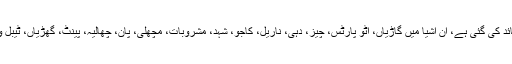
پانچ سو انہتر درآمدی اشیا پر ریگیولیڑی ڈیوٹی عائد کی گئی ہے، ان اشیا میں گاڑیاں، آٹو پارٹس، چیز، دہی، ناریل، کاجو، شہد، مشروبات، مچھلی، پان، چھالیہ، پینٹ، گھڑیاں، ٹیبل وئیر، کچن وئیر، انرجی سیور اور دیگر شامل ہیں۔